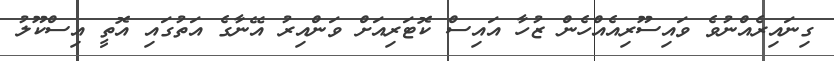
ގިނައިރެއްނުވެ ވައިސޫރިއެއްހެން ޒުހާ އައިސް ކޮޓަރިއަށް ވަންއިރު އޭނާގެ އަތުގައި އޮތީ އިސްކޫލު